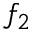
f _ { 2 }